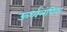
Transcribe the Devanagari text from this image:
ऊर्ध्वलंघिका